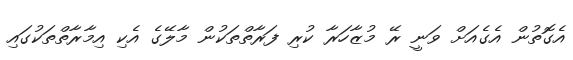
އެގޮތުން އެގެއަށް ވަނީ ރޭ މުޒާހަރާ ކުރި ފަރާތްތަކުން މާލޭގެ އެކި އިމާރާތްތަކުގައި